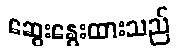
ဆွေးနွေးထားသည်